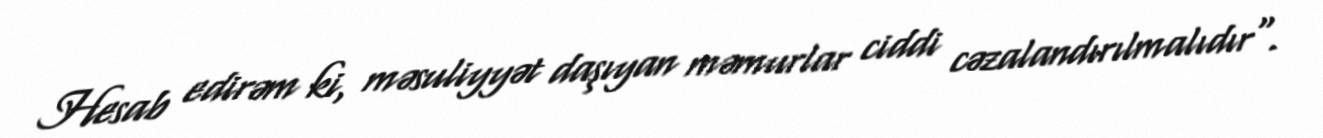
Hesab edirəm ki, məsuliyyət daşıyan məmurlar ciddi cəzalandırılmalıdır".